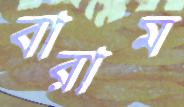
বারাম